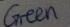
Text: GREEB